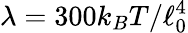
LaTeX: \lambda=300k_{B}T/\ell_{0}^{4}